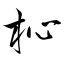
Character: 杺